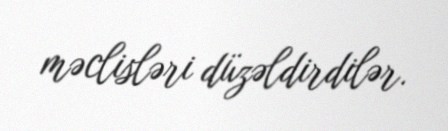
məclisləri düzəldirdilər.